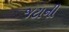
જટાની